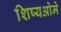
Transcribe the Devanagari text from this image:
शिष्यओमे